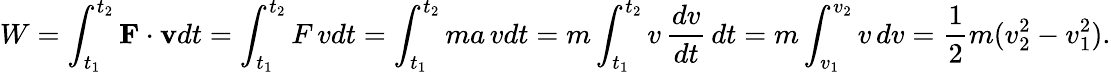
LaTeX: W=\int_{t_{1}}^{t_{2}}\mathbf{F}\cdot\mathbf{v}dt=\int_{t_{1}}^{t_{2}}F\, vdt=\int_{t_{1}}^{t_{2}}ma\, vdt=m\int_{t_{1}}^{t_{2}}v\, {\frac{dv}{dt}}\, dt=m\int_{v_{1}}^{v_{2}}v\, dv={\frac{1}{2}}m(v_{2}^{2}-v_{1}^{2}).